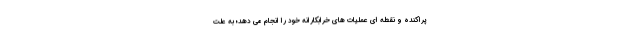
پراکنده و نقطه ای عملیات های خرابکارانه خود را انجام می دهد؛ به علت